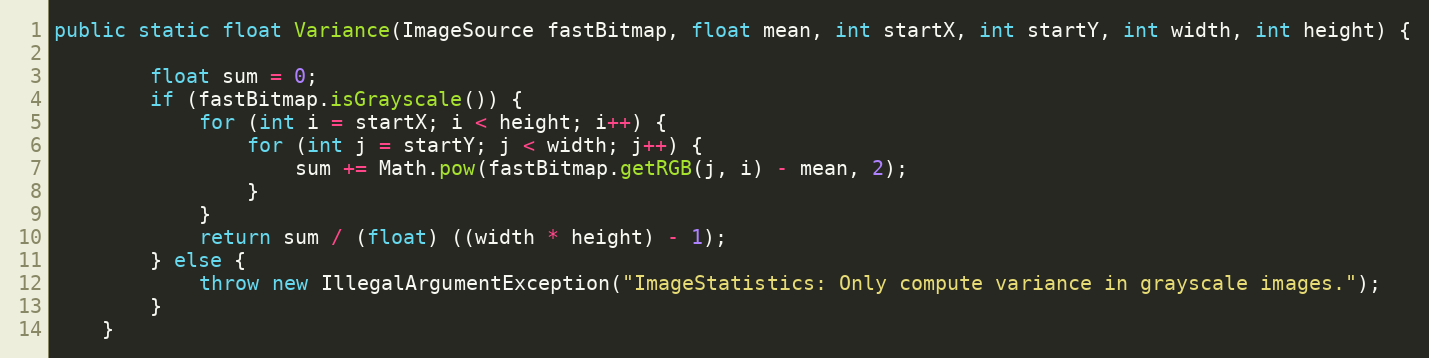
Language: Java
public static float Variance(ImageSource fastBitmap, float mean, int startX, int startY, int width, int height) {

        float sum = 0;
        if (fastBitmap.isGrayscale()) {
            for (int i = startX; i < height; i++) {
                for (int j = startY; j < width; j++) {
                    sum += Math.pow(fastBitmap.getRGB(j, i) - mean, 2);
                }
            }
            return sum / (float) ((width * height) - 1);
        } else {
            throw new IllegalArgumentException("ImageStatistics: Only compute variance in grayscale images.");
        }
    }